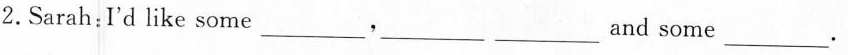
2. Sarah: I'd like some ___,___ ___and some ___.